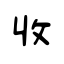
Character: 收